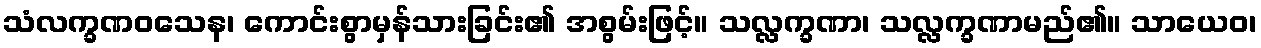
သံလက္ခဏဝသေန၊ ကောင်းစွာမှန်သားခြင်း၏ အစွမ်းဖြင့်။ သလ္လက္ခဏာ၊ သလ္လက္ခဏာမည်၏။ သာယေဝ၊